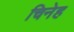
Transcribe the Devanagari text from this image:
चिनेह